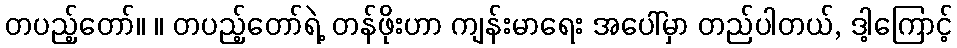
တပည့်တော်။ ။ တပည့်တော်ရဲ့ တန်ဖိုးဟာ ကျန်းမာရေး အပေါ်မှာ တည်ပါတယ်, ဒါ့ကြောင့်